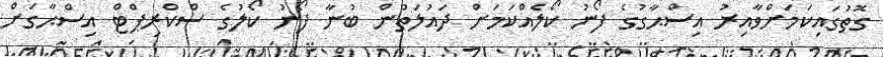
ގޮތުގައިކަމަށްވާއިރު އިސްޙާގުގެ ފޯނު ކޯލެއްކަމަށް ދައުލަތުން ބުނާ ފޯނު ކޯލުގެ ސްކްރިޕްޓް އިސްޙާގަށް